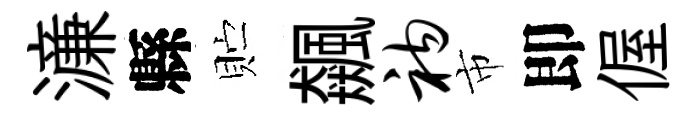
濓縣贮飆衲市即偓